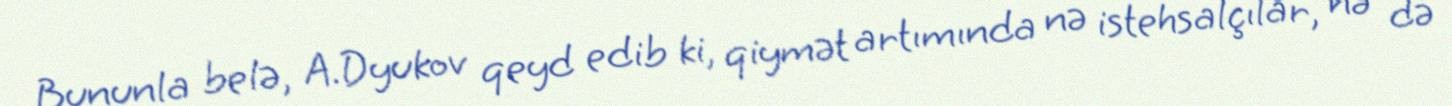
Bununla belə, A.Dyukov qeyd edib ki, qiymət artımında nə istehsalçılar, nə də